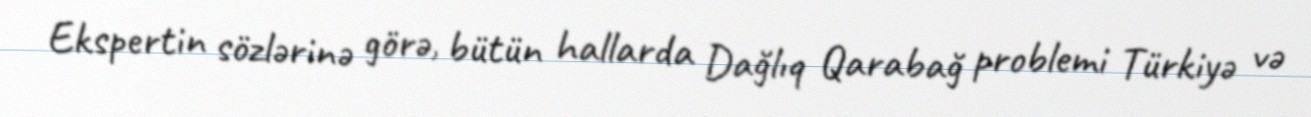
Ekspertin sözlərinə görə, bütün hallarda Dağlıq Qarabağ problemi Türkiyə və